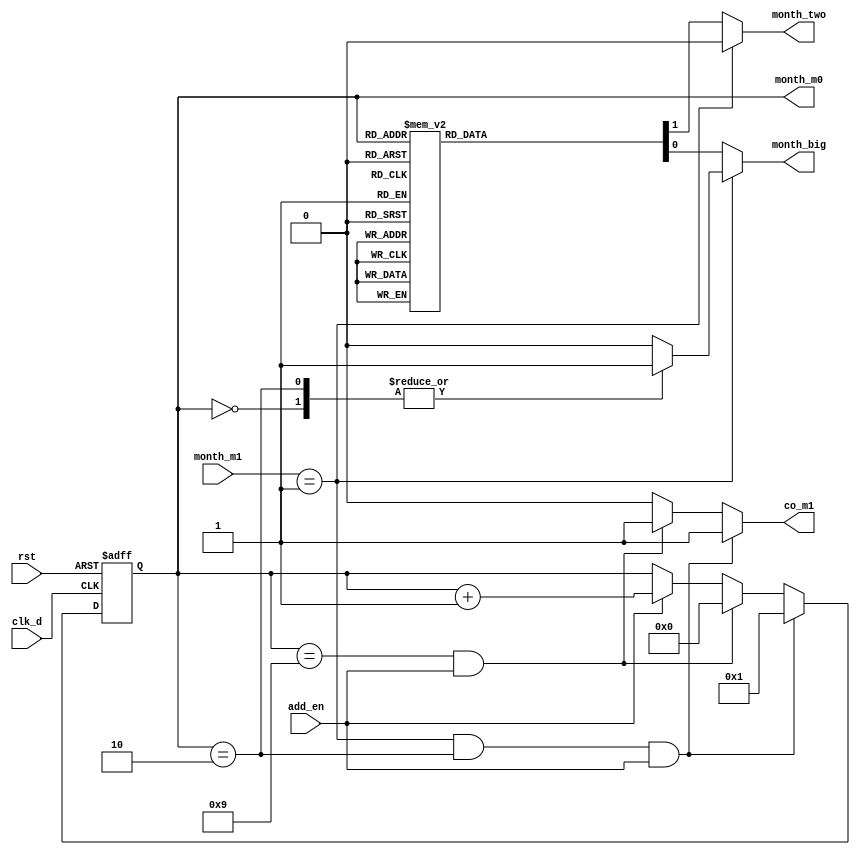
`timescale 1ns / 1ps
//////////////////////////////////////////////////////////////////////////////////
// Company: 
// Engineer: 
// 
// Design Name: 
// Module Name: month_m0_counter
// Project Name: 
// Target Devices: 
// Tool Versions: 
// Description: 
// 
// Dependencies: 
// 
// Revision:
// Revision 0.01 - File Created
// Additional Comments:
// 
//////////////////////////////////////////////////////////////////////////////////


module month_m0_counter(
     clk_d,
     rst,
     add_en,
     month_big,
     month_two,
     month_m0,
     month_m1,
     co_m1
    );
    input clk_d;
    input rst;
    input add_en;
    input [3:0] month_m1;
    output reg month_big;
    output reg month_two;
    output reg [3:0] month_m0;
    output reg  co_m1;
    reg [3:0] month_m0_tmp;
        
        always@( posedge clk_d or posedge rst)
            if(rst)
            begin
                month_m0 <= 4'b0001;
            end
            else
                month_m0 <= month_m0_tmp;
                    
        always@*
            if( (month_m1==4'd1) && (month_m0==4'd2) && add_en )   
            begin //12->01
                month_m0_tmp <= 4'd1;
                co_m1 <= 1'b1;
            end 
            else if( (month_m0==4'd9) && add_en ) 
            begin //09->10
                month_m0_tmp <= 4'd0;
                co_m1 <= 1'b1;
            end
            else if( add_en )              
            begin //08->09
                month_m0_tmp <= month_m0 + 1'b1;
                co_m1 <= 1'b0;
            end
            else
            begin
                month_m0_tmp <= month_m0;
                co_m1 <= 1'b0;
            end
            
        always@*
            if(month_m1==4'd1)
            begin
                case(month_m0)
                4'd0:
                begin
                    month_big = 1'b1;
                    month_two = 1'b0;
                end
                4'd1:
                begin
                    month_big = 1'b0;
                    month_two = 1'b0;
                end
                4'd2:
                begin
                    month_big = 1'b1;
                    month_two = 1'b0;
                end
                default:
                begin
                    month_big = 1'b0;
                    month_two = 1'b0;
                end
                endcase
            end
            else
            begin
                case(month_m0)
                4'd1:
                begin
                    month_big = 1'b1;
                    month_two = 1'b0;
                end
                4'd2:
                begin
                    month_big = 1'b0;
                    month_two = 1'b1;
                end
                4'd3:
                begin
                    month_big = 1'b1;
                    month_two = 1'b0;
                end
                4'd4:
                begin
                    month_big = 1'b0;
                    month_two = 1'b0;
                end
                4'd5:
                begin
                    month_big = 1'b1;
                    month_two = 1'b0;
                end
                4'd6:
                begin
                    month_big = 1'b0;
                    month_two = 1'b0;
                end
                4'd7:
                begin
                    month_big = 1'b1;
                    month_two = 1'b0;
                end
                4'd8:
                begin
                    month_big = 1'b1;
                    month_two = 1'b0;
                end
                4'd9:
                begin
                    month_big = 1'b0;
                    month_two = 1'b0;
                end
                default:
                begin
                    month_big = 1'b0;
                    month_two = 1'b0;
                end
                endcase
            end
                
endmodule